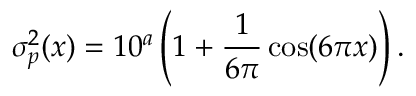
\sigma _ { p } ^ { 2 } ( x ) = 1 0 ^ { a } \left( 1 + \frac { 1 } { 6 \pi } \cos ( 6 \pi x ) \right) .